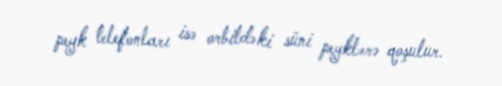
peyk telefonları isə orbitdəki süni peyklərə qoşulur.